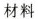
材料